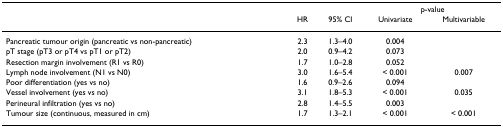
<table><thead><tr><td></td><td></td><td></td><td colspan="2"><b>p-value</b></td></tr><tr><td></td><td><b>HR</b></td><td><b>95% CI</b></td><td><b>Univariate</b></td><td><b>Multivariable</b></td></tr></thead><tbody><tr><td>Pancreatic tumour origin (pancreatic vs non-pancreatic)</td><td>2.3</td><td>1.3–4.0</td><td>0.004</td><td></td></tr><tr><td>pT stage (pT3 or pT4 vs pT1 or pT2)</td><td>2.0</td><td>0.9–4.2</td><td>0.073</td><td></td></tr><tr><td>Resection margin involvement (R1 vs R0)</td><td>1.7</td><td>1.0–2.8</td><td>0.052</td><td></td></tr><tr><td>Lymph node involvement (N1 vs N0)</td><td>3.0</td><td>1.6–5.4</td><td>&lt; 0.001</td><td>0.007</td></tr><tr><td>Poor differentiation (yes vs no)</td><td>1.6</td><td>0.9–2.6</td><td>0.094</td><td></td></tr><tr><td>Vessel involvement (yes vs no)</td><td>3.1</td><td>1.8–5.3</td><td>&lt; 0.001</td><td>0.035</td></tr><tr><td>Perineural infiltration (yes vs no)</td><td>2.8</td><td>1.4–5.5</td><td>0.003</td><td></td></tr><tr><td>Tumour size (continuous, measured in cm)</td><td>1.7</td><td>1.3–2.1</td><td>&lt; 0.001</td><td>&lt; 0.001</td></tr></tbody></table>